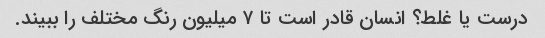
درست یا غلط؟ انسان قادر است تا ۷ میلیون رنگ مختلف را ببیند.